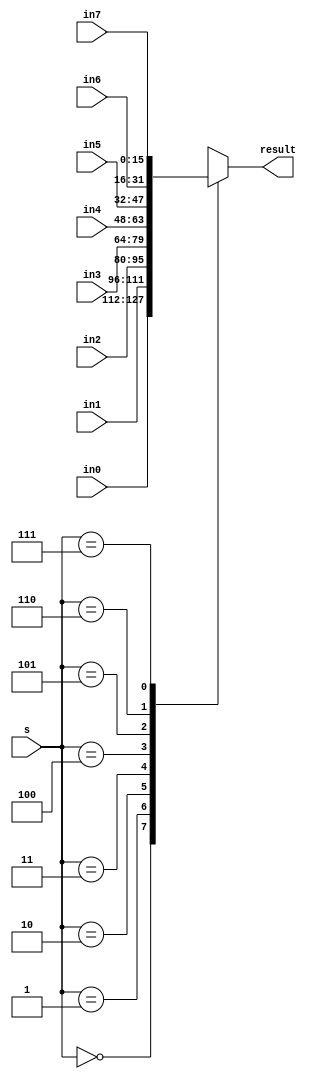
module mux_8x16 (s, in0, in1, in2, in3, in4, in5, in6, in7, result);

input [2:0]s;
input [15:0]in0; 
input [15:0]in1;
input [15:0]in2;
input [15:0]in3;
input [15:0]in4;
input [15:0]in5;
input [15:0]in6;
input [15:0]in7;

output reg [15:0]result;

always @(*) begin
	case(s)
		3'b000: result = in0;
		3'b001: result = in1;
		3'b010: result = in2;
		3'b011: result = in3;
		3'b100: result = in4;
		3'b101: result = in5;
		3'b110: result = in6;
		3'b111: result = in7;
		default: result = in0;
	endcase
end

endmodule